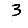
Digit: 3